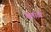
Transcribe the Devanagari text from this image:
मेलॉडी